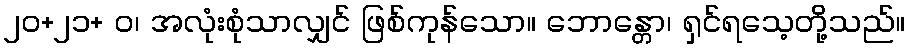
၂၀+၂၁+ ဝ၊ အလုံးစုံသာလျှင် ဖြစ်ကုန်သော။ ဘောန္တော၊ ရှင်ရသေ့တို့သည်။